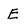
Character: E